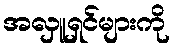
အလှူရှင်များကို